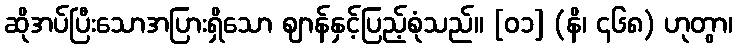
ဆိုအပ်ပြီးသောအပြားရှိသော ဈာန်နှင့်ပြည့်စုံသည်။ [၀၁] (နိ၊ ၄၆၈) ဟုတွာ၊